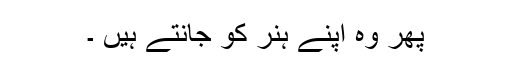
پھر وہ اپنے ہنر کو جانتے ہیں ۔